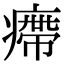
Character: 㿃